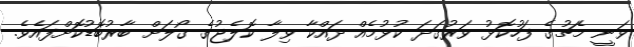
ވަނީ މެޗުގެ ފަހުކޮޅު ވަރުގަދަ ކުޅުމެއް ދައްކާ ވިލާ ކޮލެޖުގެ ގޯލަށް ބާރުބޮޑުކޮށްފައެވެ.